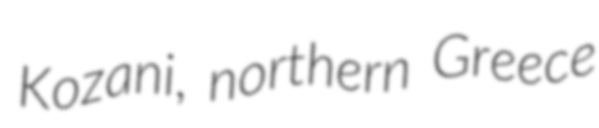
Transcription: Kozani, northern Greece